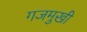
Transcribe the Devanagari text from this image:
गजमुखी